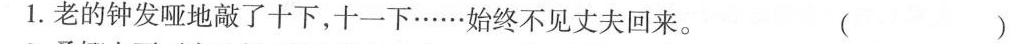
1.老的钟发哑地敲了十下，十一下……始终不见丈夫回来。 ( )